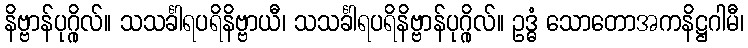
နိဗ္ဗာန်ပုဂ္ဂိုလ်။ သသင်္ခါရပရိနိဗ္ဗာယီ၊ သသင်္ခါရပရိနိဗ္ဗာန်ပုဂ္ဂိုလ်။ ဥဒ္ဓံ သောတောအကနိဋ္ဌဂါမီ၊